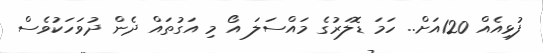
ފުޅިއެއް 120އަށް.. ހަމަ ޑޮލަރުގެ މައްސަލަ އޯ މި އަގުތައް ދެން ދުވަހަކުވެސް